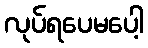
လုပ်ရပေမပေါ့